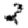
Digit: 2